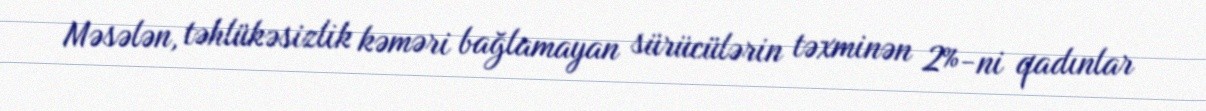
Məsələn, təhlükəsizlik kəməri bağlamayan sürücülərin təxminən 2%-ni qadınlar